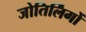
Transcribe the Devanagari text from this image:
जोतिर्लिंगों